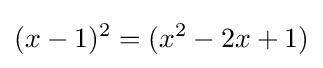
(x-1)^{2}=(x^{2}-2x+1)